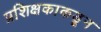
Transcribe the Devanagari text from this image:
प्रशिक्षकाकडून